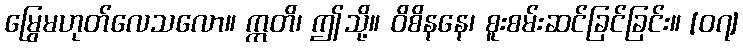
မြွေမဟုတ်လေသလော။ ဣတိ၊ ဤသို့။ ဝိစိနနေ၊ စူးစမ်းဆင်ခြင်ခြင်း။ [၀၇]